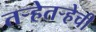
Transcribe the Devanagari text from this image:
तर्‍हेतर्‍हेची